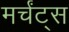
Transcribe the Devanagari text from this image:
मर्चंट्‌स